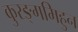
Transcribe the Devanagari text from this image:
कुरङ्गमिहुन